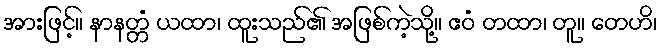
အားဖြင့်။ နာနတ္တံ ယထာ၊ ထူးသည်၏ အဖြစ်ကဲ့သို့။ ဧဝံ တထာ၊ တူ။ တေဟိ၊